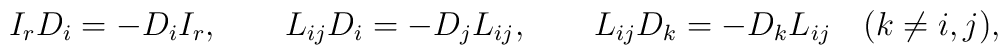
I_r D_i = - D_i I_r, \qquad L_{ij} D_i = - D_j L_{ij}, \qquad L_{ij} D_k = -D_k  L_{ij} \quad (k\ne i,j),